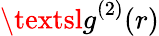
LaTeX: {\textsl{g}}^{(2)}{(r)}